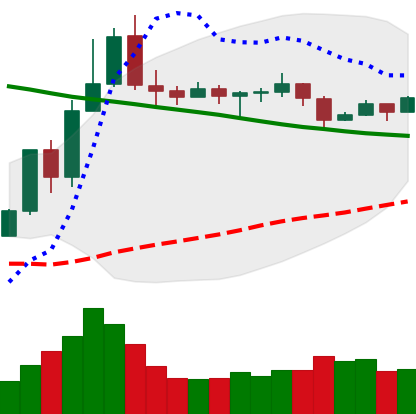
Ticker: TRX-USD
Chart end date: 2019-11-12
Forward return: -3.676%
Label: down_3_5